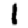
Digit: 1